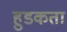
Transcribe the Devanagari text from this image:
हुडकता